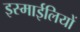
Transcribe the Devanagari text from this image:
इस्माईलियों